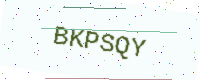
Text: BKPSQY